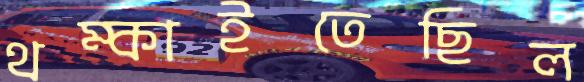
থম্‌কাইতেছিল